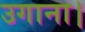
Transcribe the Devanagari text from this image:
उगाना।